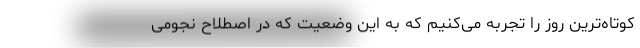
کوتاه‌ترین روز را تجربه می‌کنیم که به این وضعیت که در اصطلاح نجومی